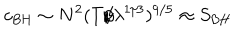
c _ { \mathrm { B H } } \sim N ^ { 2 } ( T / \lambda ^ { 1 / 3 } ) ^ { 9 / 5 } \approx S _ { \mathrm { B H } }